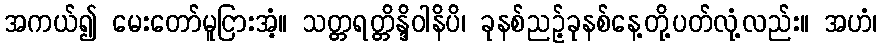
အကယ်၍ မေးတော်မူငြားအံ့။ သတ္တရတ္တိန္ဒိဝါနိပိ၊ ခုနစ်ညဉ့်ခုနစ်နေ့တို့ပတ်လုံ့လည်း။ အဟံ၊